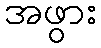
အဖွား